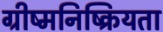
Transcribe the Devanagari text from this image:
ग्रीष्मनिष्क्रियता